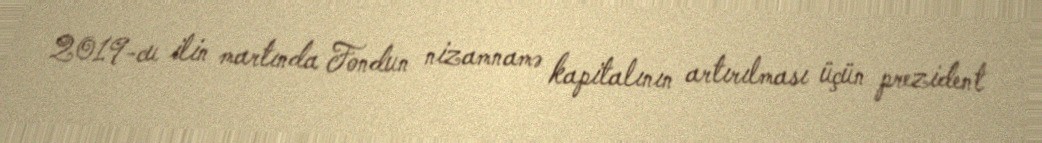
2019-cu ilin martında Fondun nizamnamə kapitalının artırılması üçün prezident